Annual report on the health of the army in India
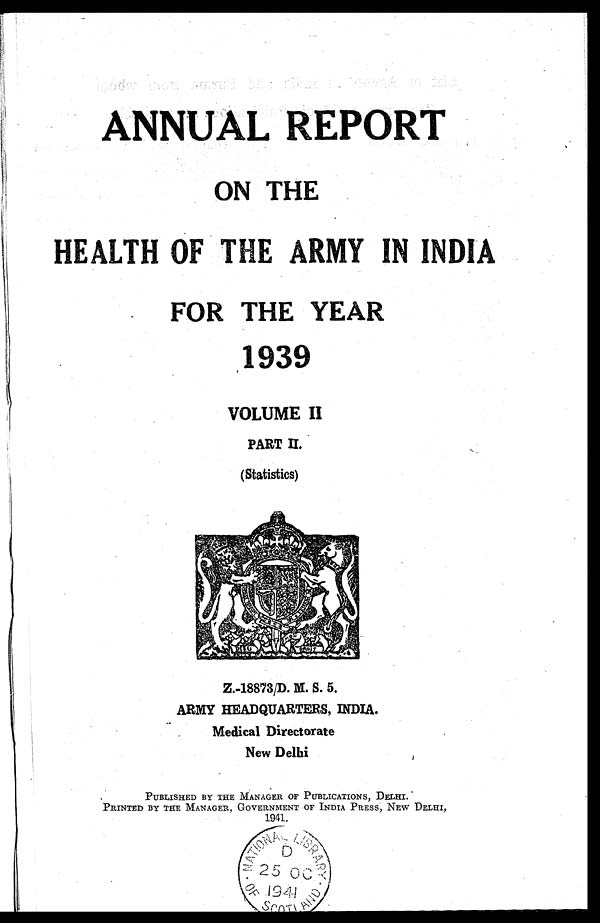
ANNUAL REPORT
ON THE
HEALTH OF THE ARMY IN INDIA
FOR THE YEAR
1939
VOLUME II
PART II.
(Statistics)
Z.-18873/D. M. S. 5.
ARMY HEADQUARTERS, INDIA.
Medical Directorate
New Delhi
PUBLISHED BY THE MANAGER OF PUBLICATIONS, DELHI.
PRINTED BY THE MANAGER, GOVERNMENT OF INDIA PRESS, NEW DELHI,
1941.